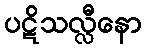
ပဋိသလ္လီနော